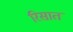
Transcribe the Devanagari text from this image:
रिसात